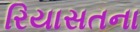
રિયાસતના